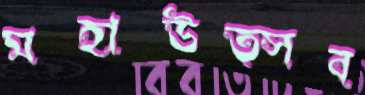
মহাউত্সব